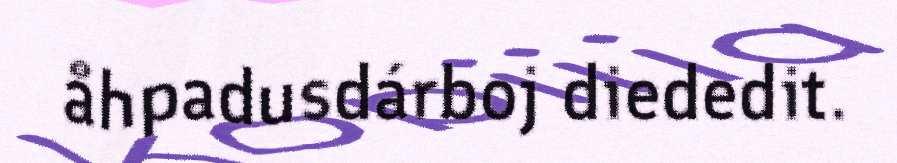
åhpadusdárboj diededit.